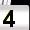
Digit: 4